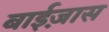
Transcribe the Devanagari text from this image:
बाईज़ास